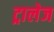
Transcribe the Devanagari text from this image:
ट्रालेज